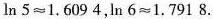
$$\ln5\approx1.6094$$，$$\ln6\approx1.7918$$.